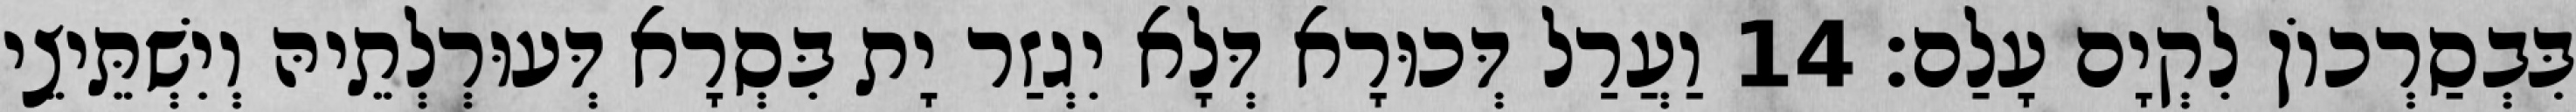
בִּבְסַרְכוֹן לִקְיָם עָלַם׃ 14 וַעֲרַל דְּכוּרָא דְּלָא יִגְזַר יָת בִּסְרָא דְּעוּרְלְתֵיהּ וְיִשְׁתֵּיצֵי